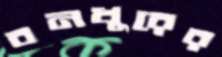
বনখুরের